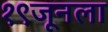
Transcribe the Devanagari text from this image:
१९जूनला